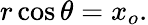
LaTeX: r\cos\theta=x_{o}.